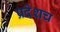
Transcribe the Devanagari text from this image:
प्रदेशच